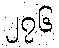
၂၇၆